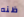
ظنه